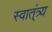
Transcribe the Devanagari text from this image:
स्वात्ंत्र्य